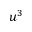
u ^ { 3 }